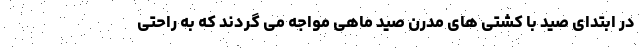
در ابتدای صید با کشتی های مدرن صید ماهی مواجه می گردند که به راحتی